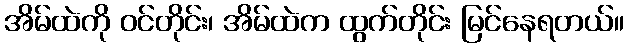
အိမ်ထဲကို ဝင်တိုင်း၊ အိမ်ထဲက ထွက်တိုင်း မြင်နေရတယ်။